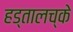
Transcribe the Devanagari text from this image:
हड्तालच्के